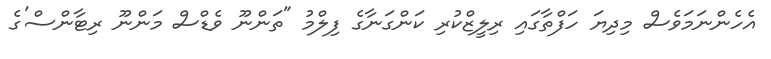
އެހެންނަމަވެސް މިދިޔަ ހަފްތާގައި ރިލީޒްކުރި ކަންގަނާގެ ފިލްމު "ތަންނޫ ވެޑްސް މަންނޫ ރިޓާންސް'ގެ